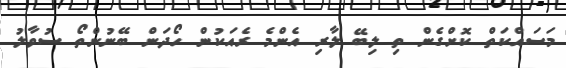
މަސައްކަތް ކޮށްގެން ތި ލިބޭ ލާރި އެންމެ ރެއަކުން ހޯދަން ބޭނުންތޯ ސުވާލު